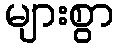
များစွာ